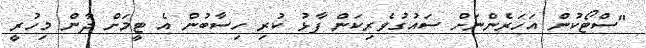
"ސްޓޯކުން އަހަރެންނަށް ސައުގުވެރިކަން ފާޅު ކުރި ހިސާބުން އެ ޓީމަށް ދާން މިހުރީ